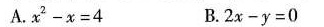
A.$$x ^{ 2 } - x = 4$$ B.$$2 x - y =0